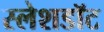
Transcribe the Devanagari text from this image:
स्लेशडॉट